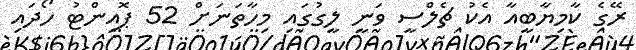
ރޭގެ ކާމިޔާބީއާ އެކު ޗެލްސީ ވަނީ ލީގުގައި މިހާތަނަށް 52 ޕޮއިންޓު ހޯދައި